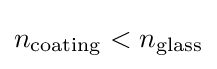
n_{\rm {coating}}<n_{\rm {glass}}